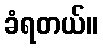
ခံရတယ်။